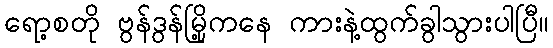
ရော့စတို ဗွန်ဒွန်မြို့ကနေ ကားနဲ့ထွက်ခွါသွားပါပြီ။